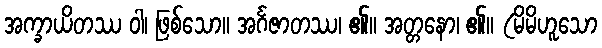
အက္ခာယိတဿ ဝါ၊ ဖြစ်သော။ အင်္ဂဇာတဿ၊ ၏။ အတ္တနော၊ ၏။ (မိမိဟူသော